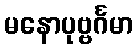
မနောပုဗ္ဗင်္ဂမာ